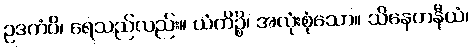
ဥဒကံပိ၊ ရေသည်လည်း။ ယံကိဉ္စိ၊ အလုံးစုံသော။ သိနေဟနီယံ၊